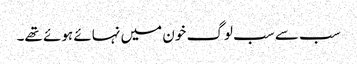
سب سے سب لوگ خون میں نہائے ہوئے تھے۔